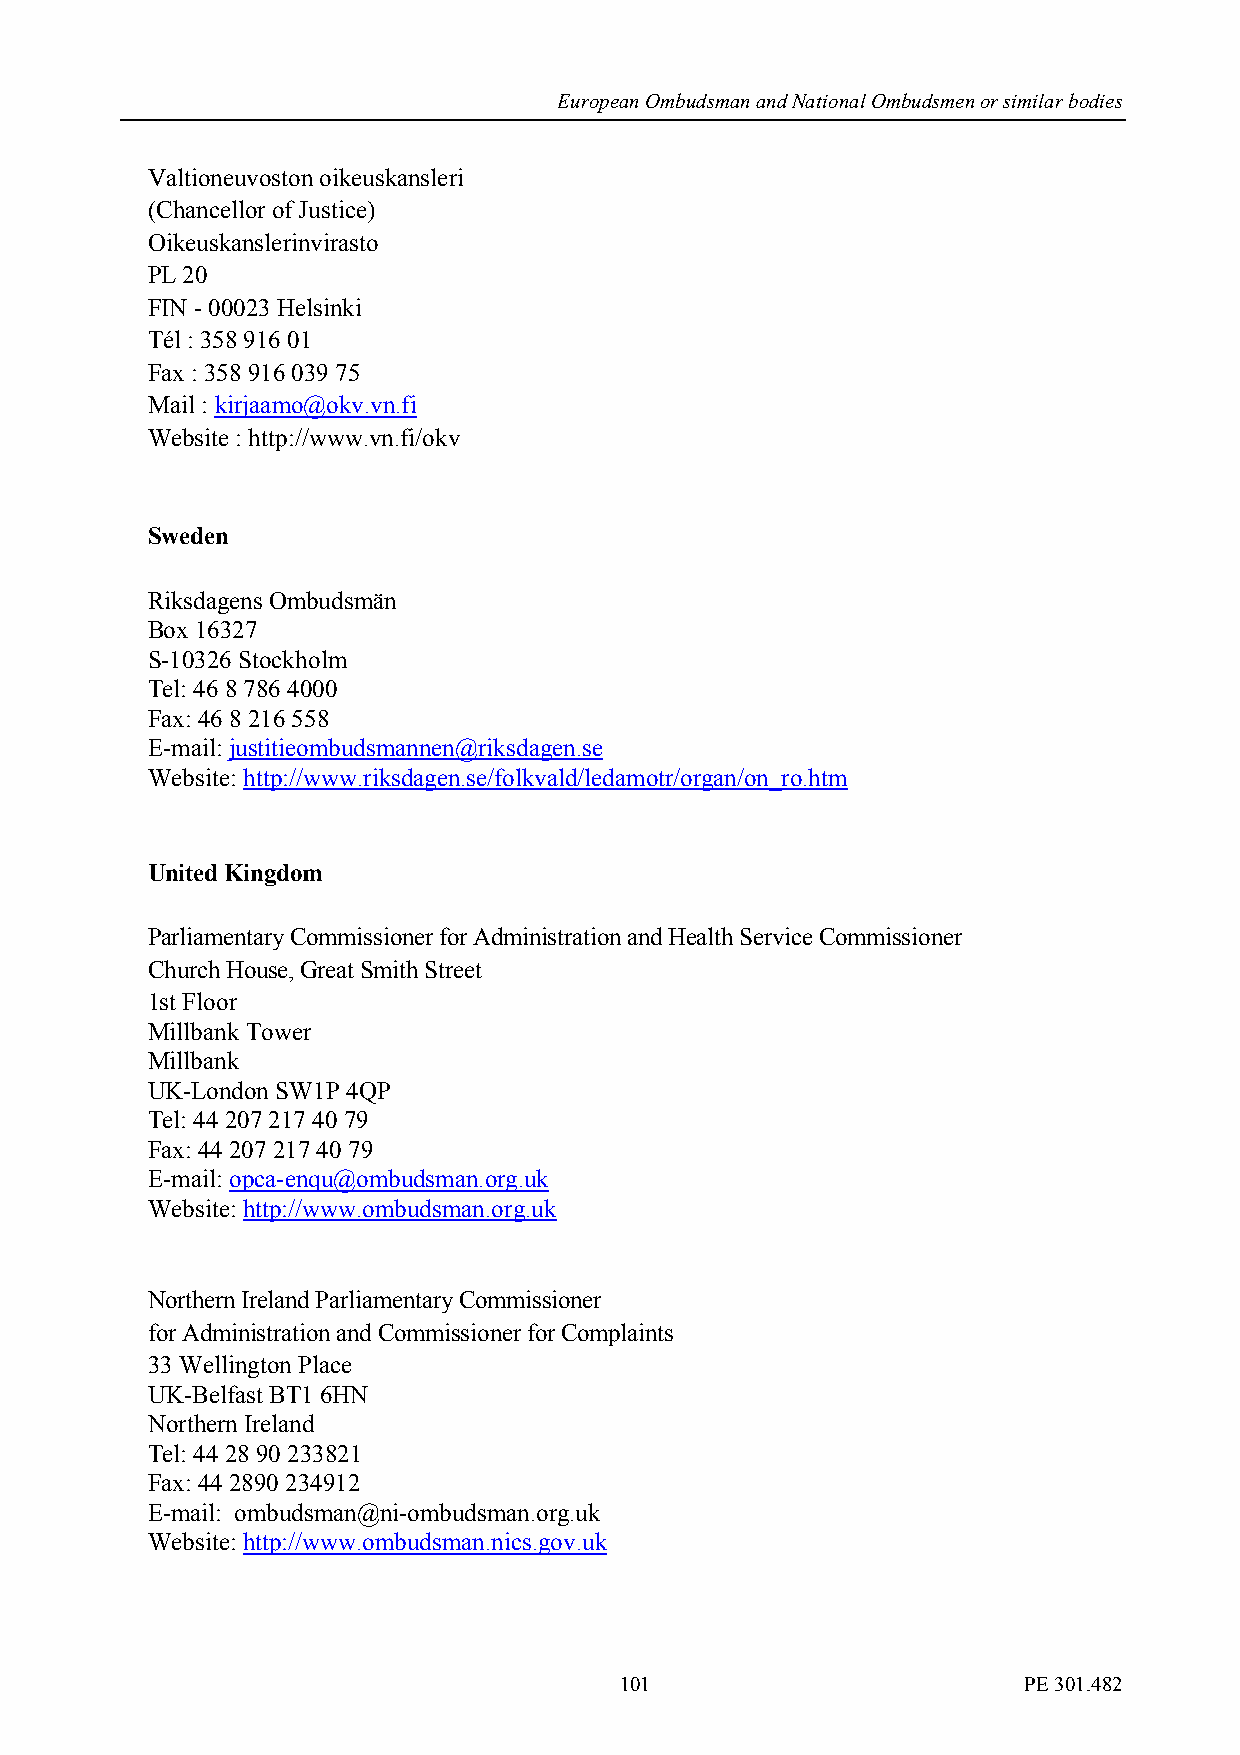
European Ombudsman and National Ombudsmen or similar bodies
 Valtioneuvoston oikeuskansleri
 (Chancellor of Justice)
 Oikeuskanslerinvirasto
 PL 20
 FIN - 00023 Helsinki
 Tél : 358 916 01
 Fax : 358 916 039 75
 Mail : kirjaamo@okv.vn.fi
 Website : http://www.vn.fi/okv
 Sweden
 Riksdagens Ombudsmän
 Box 16327
 S-10326 Stockholm
 Tel: 46 8 786 4000
 Fax: 46 8 216 558
 E-mail: justitieombudsmannen@riksdagen.se
 Website: http://www.riksdagen.se/folkvald/ledamotr/organ/on_ro.htm
 United Kingdom
 Parliamentary Commissioner for Administration and Health Service Commissioner
 Church House, Great Smith Street
 1st Floor
 Millbank Tower
 Millbank
 UK-London SW1P 4QP
 Tel: 44 207 217 40 79
 Fax: 44 207 217 40 79
 E-mail: opca-enqu@ombudsman.org.uk
 Website: http://www.ombudsman.org.uk
 Northern Ireland Parliamentary Commissioner
 for Administration and Commissioner for Complaints
 33 Wellington Place
 UK-Belfast BT1 6HN
 Northern Ireland
 Tel: 44 28 90 233821
 Fax: 44 2890 234912
 E-mail: ombudsman@ni-ombudsman.org.uk
 Website: http://www.ombudsman.nics.gov.uk
 101                        PE 301.482